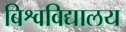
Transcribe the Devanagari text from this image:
बिश्वविद्यालय